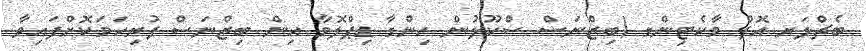
ބެޗްލަރ އޮފް މާކެޓިންގ (ބިޒްނަސް ސްކޫލުން ހިންގާ ޑިޕްލޮމާ އިން ބިޒްނަސް ފުރިހަމަކޮށްފައިވާ